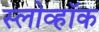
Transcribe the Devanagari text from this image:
स्लोव्हॉक